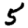
Digit: 5